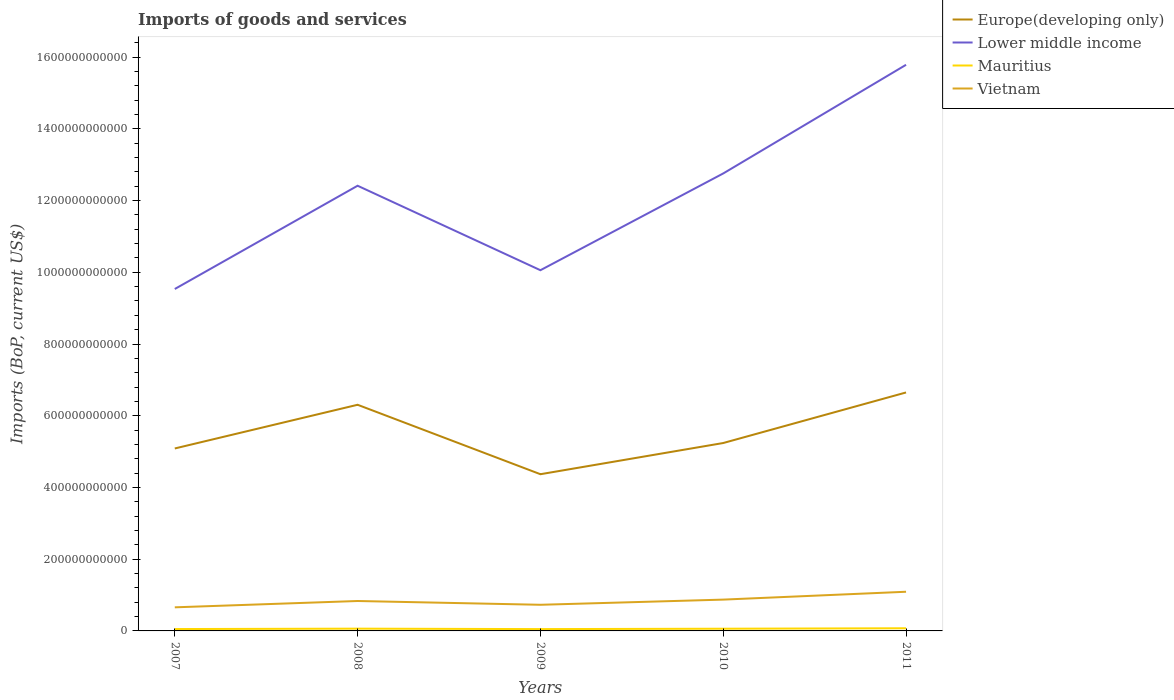
| Years | Europe(developing only) | Lower middle income | Mauritius | Vietnam |
 | --- | --- | --- | --- | --- |
 | 2007 | 5.09e+11 | 9.53e+11 | 5.23e+09 | 6.58e+10 |
 | 2008 | 6.31e+11 | 1.24e+12 | 6.31e+09 | 8.34e+10 |
 | 2009 | 4.37e+11 | 1.01e+12 | 5.11e+09 | 7.29e+10 |
 | 2010 | 5.24e+11 | 1.28e+12 | 6.14e+09 | 8.73e+10 |
 | 2011 | 6.65e+11 | 1.58e+12 | 7.39e+09 | 1.09e+11 |